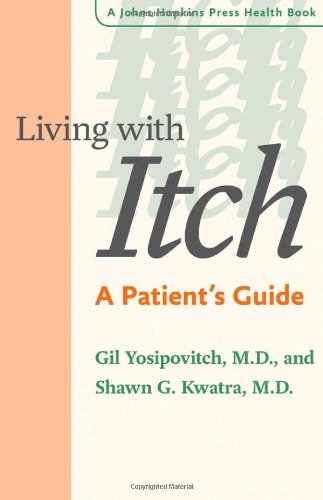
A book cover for Living with Itch: A Patient's Guide (A Johns Hopkins Press Health Book); Gil Yosipovitch; Health, Fitness & Dieting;